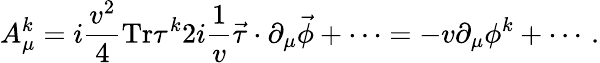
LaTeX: A_{\mu}^{k}=i{\frac{v^{2}}{4}}\mathrm{Tr}\tau^{k}2i{\frac{1}{v}}\vec{\tau}\cdot\partial_{\mu}\vec{\phi}+\cdots=-v\partial_{\mu}\phi^{k}+\cdots\, .